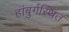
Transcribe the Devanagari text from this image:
हांबुर्गस्थित